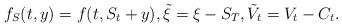
LaTeX: \begin{align*}f_S(t,y)=f(t,S_t+y),\tilde{\xi}=\xi-S_T,\tilde{V}_t=V_t-C_t.\end{align*}